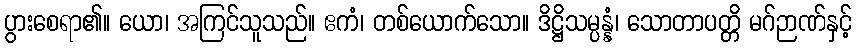
ပွားစေရာ၏။ ယော၊ အကြင်သူသည်။ ဧကံ၊ တစ်ယောက်သော။ ဒိဋ္ဌိသမ္ပန္နံ၊ သောတာပတ္တိ မဂ်ဉာဏ်နှင့်